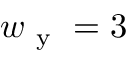
w _ { \mathrm { ~ y ~ } } = 3